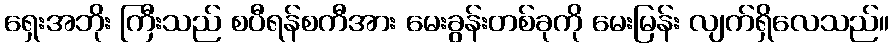
ရှေးအဘိုး ကြီးသည် စပီရန်စကီအား မေးခွန်းတစ်ခုကို မေးမြန်း လျက်ရှိလေသည်။